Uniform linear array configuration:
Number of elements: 4
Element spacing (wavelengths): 1
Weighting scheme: cosine
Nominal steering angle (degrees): -15
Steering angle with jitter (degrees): -13.243
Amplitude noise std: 0.05
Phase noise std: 0.05

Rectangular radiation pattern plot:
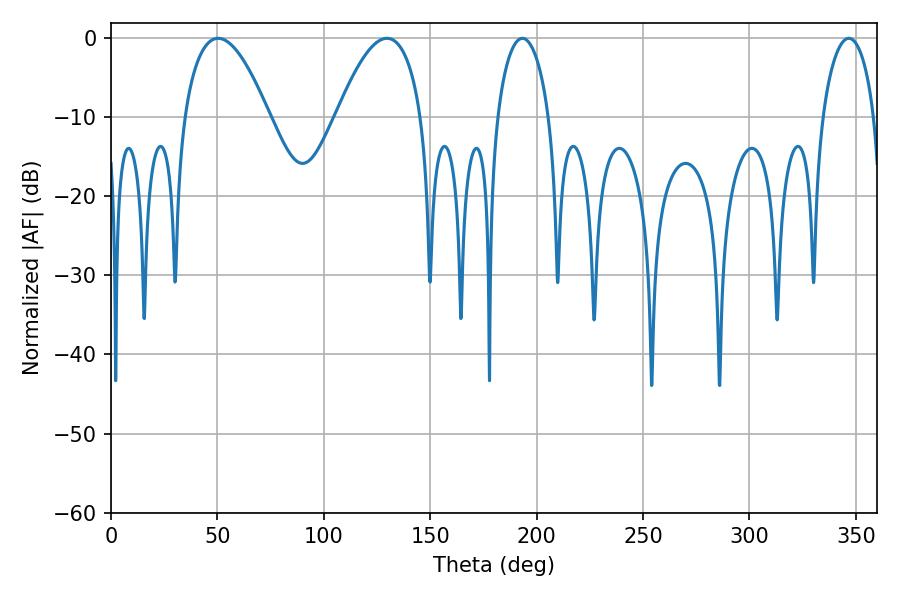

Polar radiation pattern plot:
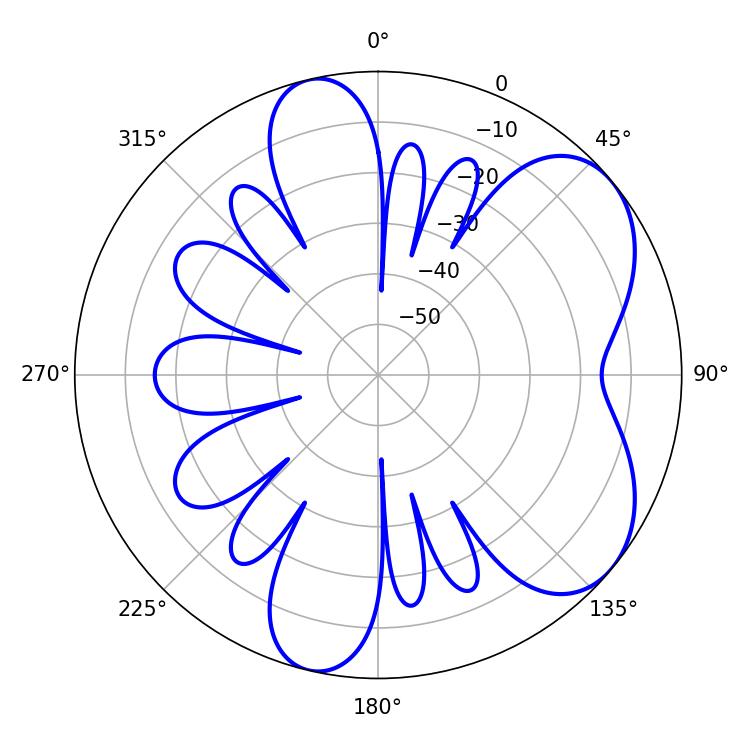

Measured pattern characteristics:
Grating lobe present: TRUE
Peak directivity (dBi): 5.905
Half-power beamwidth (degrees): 13.86
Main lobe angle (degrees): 193.32